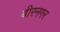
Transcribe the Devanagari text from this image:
बीरनगर